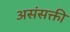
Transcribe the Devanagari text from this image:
असंसक्ती